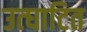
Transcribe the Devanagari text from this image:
उत्घाटित